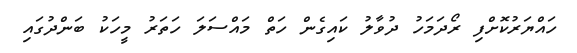
ހައްޔަރުކޮށްފި ރޯދަމަހު ދުވާލު ކައިގެން ހަތް މައްސަލަ ހަތަރު މީހަކު ބަންދުގައި